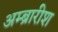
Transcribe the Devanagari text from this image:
अम्ब्रारीश